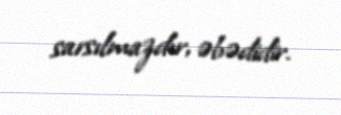
sarsılmazdır, əbədidir.